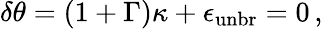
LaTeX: \delta\theta=\left(1+\Gamma\right)\kappa+\epsilon_{\mathrm{unbr}}=0\, ,